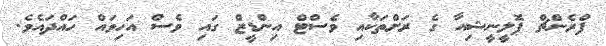
ފްރެންޗް ޕޮލީނީޝިއާ ގެ ރަށްތަކާއި ވެސްޓް އިންޑީޒް ގައި ވެސް އަހިވައް ހައްދައެވެ.